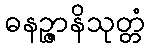
ဓနဉ္ဇာနိသုတ္တံ